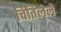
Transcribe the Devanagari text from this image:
चिंतिलेले